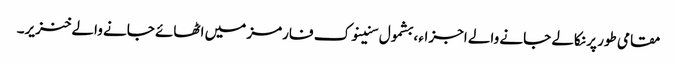
مقامی طور پر نکالے جانے والے اجزاء ، بشمول سنینوک فارمز میں اٹھائے جانے والے خنزیر۔